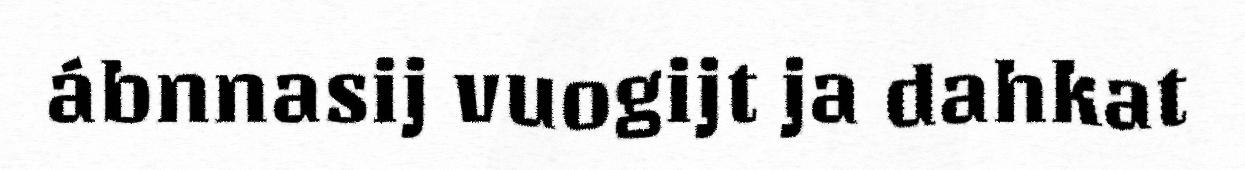
ábnnasij vuogijt ja dahkat